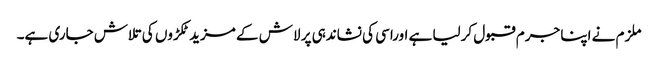
ملزم نے اپنا جرم قبول کرلیا ہے اوراسی کی نشاندہی پر لاش کے مزید ٹکڑوں کی تلاش جاری ہے۔